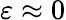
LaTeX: \varepsilon\approx 0